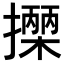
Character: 𢷡